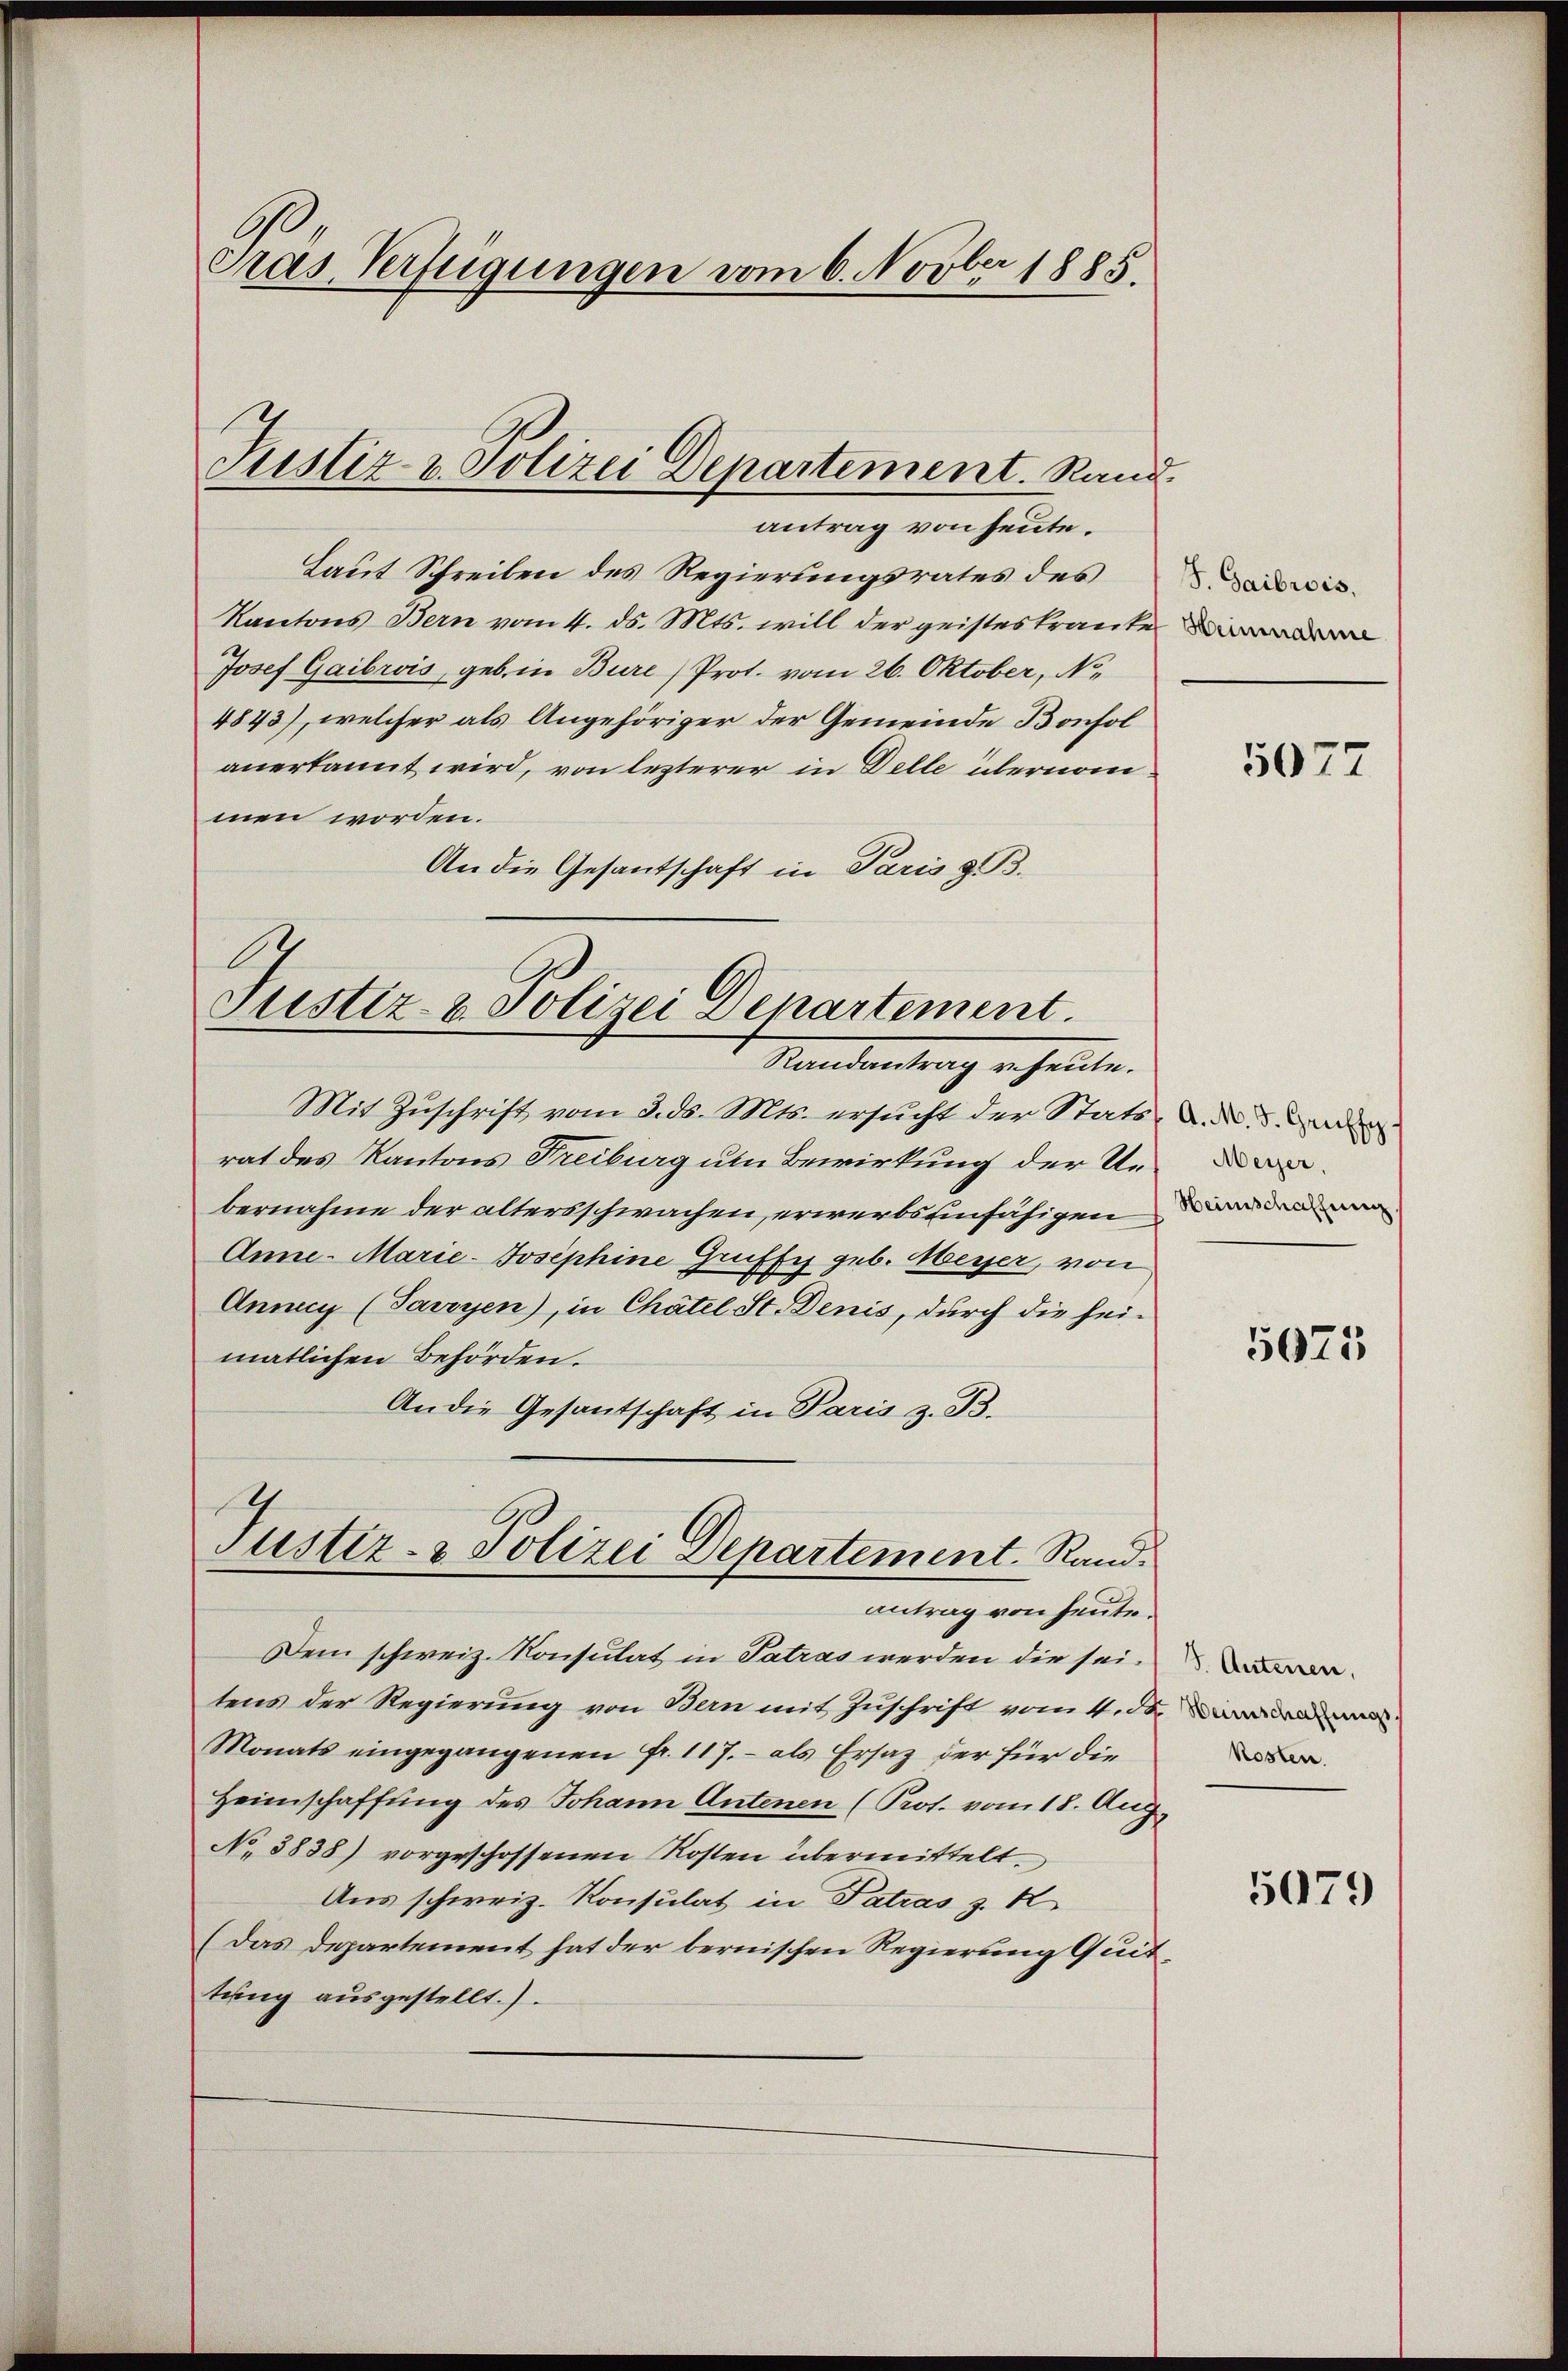
C
pras Verfügungen vom 6. Novber 1885.

antrag von heute.
Laut Schreiben des Regierungsrates deswis
Kantons Bern vom 4. ds. Mts. will der geisteskranke
Josef Gaibrois, geb. in Bure) Prot. vom 26. Oktober, No.
4843), welcher als Angehöriger der Gemeinde Bonsol
anerkannt wird, von lezterer in Delle übernommen worden.
An die Gesantschaft in Paris z. B.
Justiz- u. Polizei Departement.

Justiz- u. Polizei Departement. Rand.

Randantrag u. heute.

Justiz- & Polizei Departement. Rand.
antrag von heute.

Mit Zuschrift vom 3. ds. Mts. ersucht der Stats- u. und
rat des Kantons Freiburg um Bewirkung der Unbernahme der altersschwachen, erwerbs einfähigen
Anne- Marie-Josephine Gruffe geb. Meyer, von
Anny (Savoyen), in Chätel St. Denis, durch die sei-
matlichen Behörden.
An die Gesantschaft in Paris z. B.
Dem schweiz. Konsulat in Patras werden die seitens der Regierung von Bern mit Zuschrift vom 4. ds.
Monats eingegangenen Fr. 117.- als Ersatz der für die
Heimschaffung des Johann Antonen (Prot. vom 18. Aug.
No 3838) vorgeschossenen Kosten übermittelt.
Aus schweiz. Konsulat in Patras z. R.
(Das Departement hat der bernischen Regierung Quittung ausgestellt.)

5077

Heimschaffung

5075

S. Autenen,
Heimschaffungs
kosten.

5079